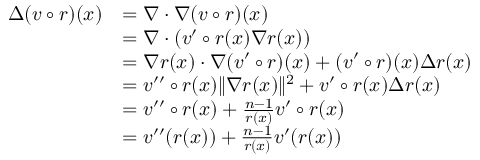
\begin{array} { r l } { \Delta ( v \circ r ) ( x ) } & { = \nabla \cdot \nabla ( v \circ r ) ( x ) } \\ & { = \nabla \cdot \left( v ^ { \prime } \circ r ( x ) \nabla r ( x ) \right) } \\ & { = \nabla r ( x ) \cdot \nabla ( v ^ { \prime } \circ r ) ( x ) + ( v ^ { \prime } \circ r ) ( x ) \Delta r ( x ) } \\ & { = v ^ { \prime \prime } \circ r ( x ) \| \nabla r ( x ) \| ^ { 2 } + v ^ { \prime } \circ r ( x ) \Delta r ( x ) } \\ & { = v ^ { \prime \prime } \circ r ( x ) + \frac { n - 1 } { r ( x ) } v ^ { \prime } \circ r ( x ) } \\ & { = v ^ { \prime \prime } ( r ( x ) ) + \frac { n - 1 } { r ( x ) } v ^ { \prime } ( r ( x ) ) } \end{array}